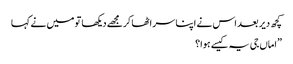
کچھ دیر بعد اس نے اپنا سر اٹھا کرمجھے دیکھا تو میں نے کہا
”اماں جی یہ کیسے ہوا؟